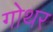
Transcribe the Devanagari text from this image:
गोथर